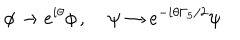
LaTeX: \phi \rightarrow e ^ { i \theta } \phi \, , \; \psi \rightarrow e ^ { - i \theta \Gamma _ { 5 } / 2 } \psi